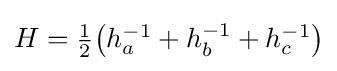
\textstyle H={\tfrac {1}{2}}{\bigl (}h_{a}^{-1}+h_{b}^{-1}+h_{c}^{-1}{\bigr )}